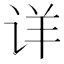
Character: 详